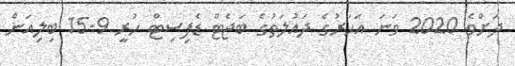
ދަށްވެ 2020 ވަނަ އަހަރުގެ ދައުލަތުގެ ބަޖެޓް ޑެފިސިޓް ހުރީ 15.9 ބިލިއަން